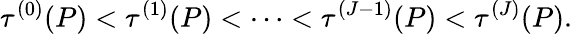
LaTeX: \tau^{(0)}(P)<\tau^{(1)}(P)<\cdots<\tau^{(J-1)}(P)<\tau^{(J)}(P).